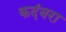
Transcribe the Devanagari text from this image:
कदंबरा